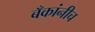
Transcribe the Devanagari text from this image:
बँकांनीच